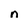
Character: n